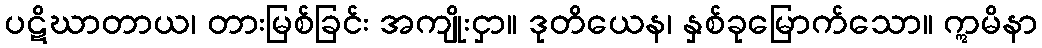
ပဋိဃာတာယ၊ တားမြစ်ခြင်း အကျိုးငှာ။ ဒုတိယေန၊ နှစ်ခုမြောက်သော။ ဣမိနာ